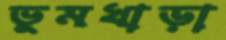
ভূমখাড়া